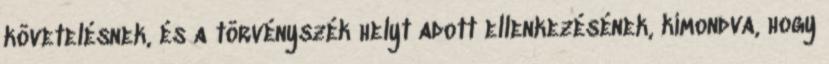
követelésnek, és a törvényszék helyt adott ellenkezésének, kimondva, hogy